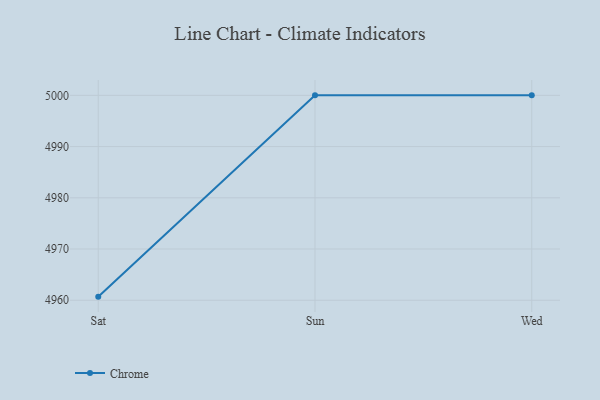
{"axis": {"x": "Day", "y": "Energy Usage (MWh)"}, "legend": ["Chrome"], "data": [{"x": "Sat", "y": 4960.7, "type": "Chrome"}, {"x": "Sun", "y": 5000, "type": "Chrome"}, {"x": "Wed", "y": 5000, "type": "Chrome"}]}